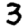
Digit: 3